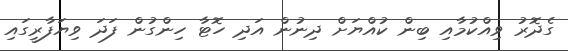
ގެދޮރު ވިއްކުމާއި ބިން ކުއްޔަށް ދިނުން އަދި ހޮޓާ ހިންގުން ފަދަ ވިޔަފާރީގައި